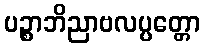
ပဉ္စာဘိညာဗလပ္ပတ္တော